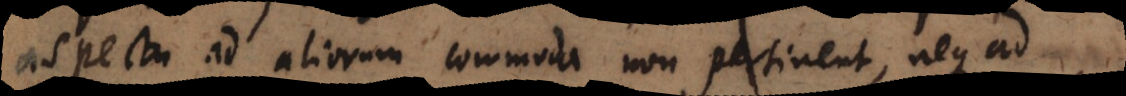
aspectu ad aliorum commoda non pertinent, neque ad